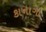
કાનાગા